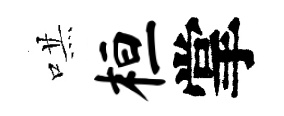
哄桓掌